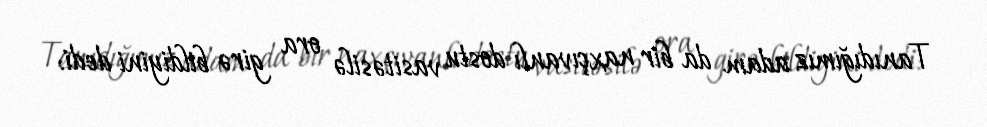
Tanıdığımız adam da bir naxçıvanlı dostu vasitəsilə ora girə bildiyini dedi: